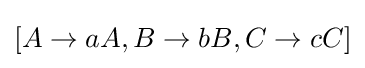
\left[A\rightarrow aA,B\rightarrow bB,C\rightarrow cC\right]